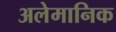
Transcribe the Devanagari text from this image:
अलेमानिक